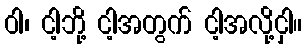
ဝါ၊ ငါ့ဘို့ ငါ့အတွက် ငါ့အလို့ငှါ။